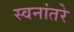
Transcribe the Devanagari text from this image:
स्वनांतरे